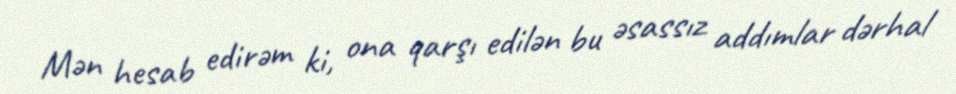
Mən hesab edirəm ki, ona qarşı edilən bu əsassız addımlar dərhal